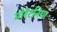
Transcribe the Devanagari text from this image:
मौरेटनिया